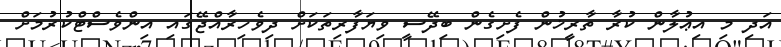
އަދި މި އިޢުލާން ކުރާ ތާރީޚުން ފެށިގެން ބިދޭސީ ވިޔަފާރިތަކަށް ދިވެހިރާއްޖޭގައި އިންވެސްޓްކުރުމަށް